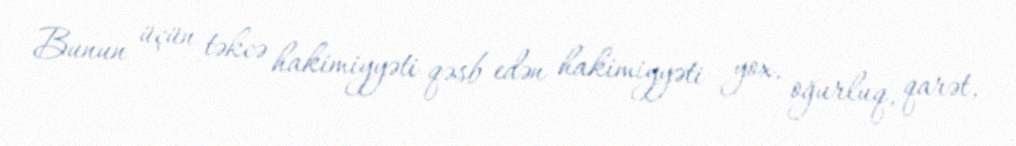
Bunun üçün təkcə hakimiyyəti qəsb edən hakimiyyəti yox, oğurluq, qarət,